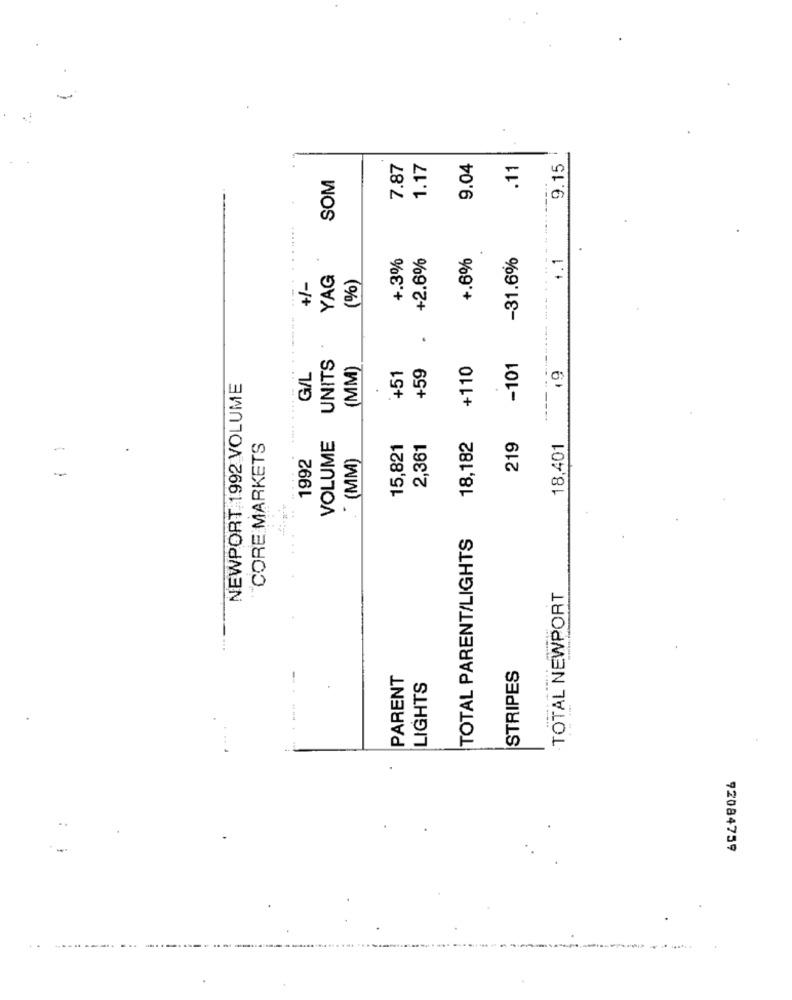
9.15
7.87
1.17
9.04
.11
SOM
+.3%
+2.6%
+.6%
-31.6%
1.1
YAG
(%)
+/-
UNITS
(MM)
+59
+110
-101
G/L
+51
NEWPORT 1992 VOLUME
VOLUME
18,182
1
CORE MARKETS
15,821
2,361
219
18,401
1992
*(MM)
TOTAL PARENT/LIGHTS
TOTAL NEWPORT
STRIPES
PARENT
LIGHTS
92084759
---
--